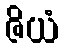
ဇိယံ